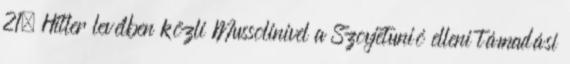
21. Hitler levélben közli Mussolinivel a Szovjetunió elleni támadási